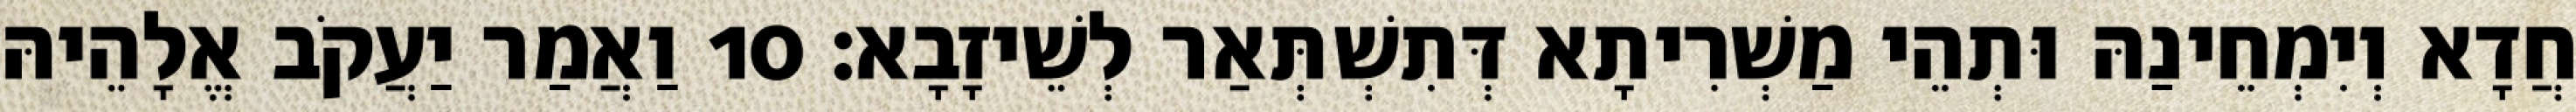
חֲדָא וְיִמְחֵינַהּ וּתְהֵי מַשְׁרִיתָא דְּתִשְׁתְּאַר לְשֵׁיזָבָא׃ 10 וַאֲמַר יַעֲקֹב אֱלָהֵיהּ